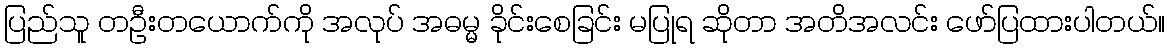
ပြည်သူ တဦးတယောက်ကို အလုပ် အဓမ္မ ခိုင်းစေခြင်း မပြုရ ဆိုတာ အတိအလင်း ဖော်ပြထားပါတယ်။